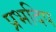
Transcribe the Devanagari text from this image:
प्रभदिप